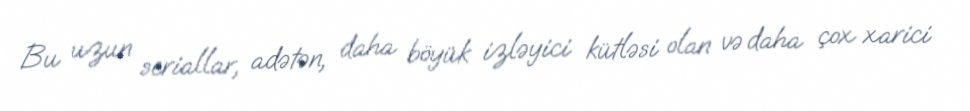
Bu uzun seriallar, adətən, daha böyük izləyici kütləsi olan və daha çox xarici